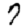
Digit: 7